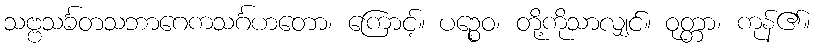
သဗ္ဗသင်္ခတသဘာဂေကသင်္ဂဟတော၊ ကြောင့်။ ပဉ္စေဝ၊ တို့ကိုသာလျှင်။ ဝုတ္တာ၊ ကုန်၏။